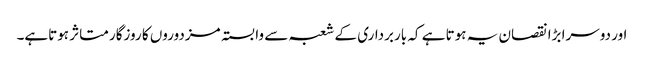
 اور دوسرا بڑا نقصان یہ ہوتا ہے کہ باربرداری کے شعبہ سے وابستہ مزدوروں کا روزگار متاثر ہوتاہے۔